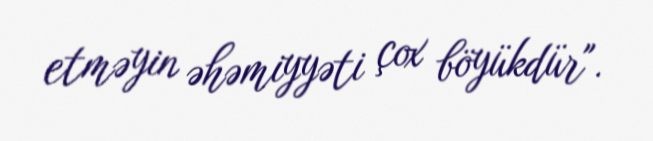
etməyin əhəmiyyəti çox böyükdür".